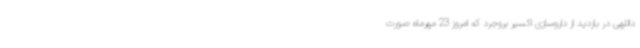
داللهی در بازدید از داروسازی اکسیر بروجرد که امروز 23 مهرماه صورت